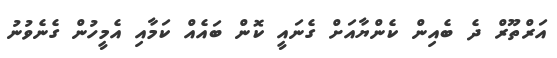
އަރްތޫރް ދެ ބެއިން ކެންޔާއަށް ގެނައީ ކޮން ބައެއް ކަމާއި އެމީހުން ގެނެވުނު